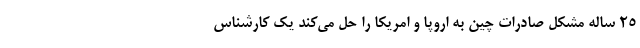
۲۵ ساله مشکل صادرات چین به اروپا و امریکا را حل می‌کند یک کارشناس